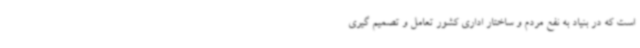
است که در بنیاد به نفع مردم و ساختار اداری کشور تعامل و تصمیم گیری